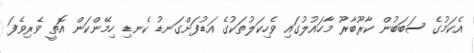
އެކަމުގެ ސަބަބުން ކާރޫބާރޫ މާހައުލުގައި ވެހިކަލުތަކުގެ އަޑުފަށްގަނޑު ކެނޑި ހިމޭންކަން އޮތީ ވެރިވެފަ